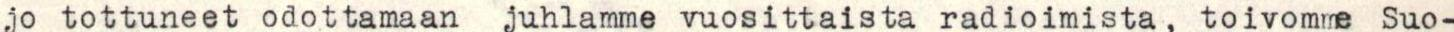
jo tottuneet odottamaan juhlamme vuosittaista radioimista, toivomme Suo-